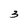
Character: 3